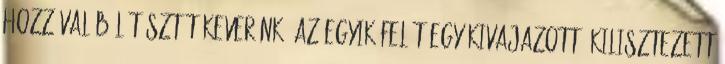
hozzávalóból tésztát keverünk. Az egyik felét egy kivajazott, kilisztezett